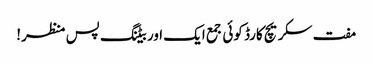
مفت سکریچ کارڈ کوئی جمع ایک اور بیٹنگ پس منظر!